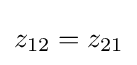
z_{12}=z_{21}